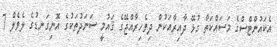
އެކައުންޓްސްގެ މަސައްކަތާ ގުޅޭ ދާއިރާއަކުން ދިވެހިރާއްޖޭގެ ޤައުމީ ސަނަދުތަކުގެ އޮނިގަނޑުގެ ލެވެލް 7